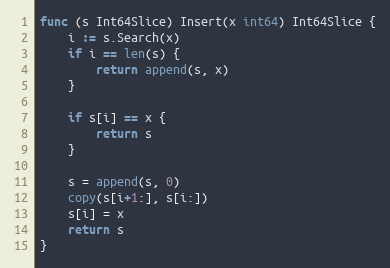
Language: Go
func (s Int64Slice) Insert(x int64) Int64Slice {
	i := s.Search(x)
	if i == len(s) {
		return append(s, x)
	}

	if s[i] == x {
		return s
	}

	s = append(s, 0)
	copy(s[i+1:], s[i:])
	s[i] = x
	return s
}